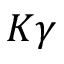
K \gamma